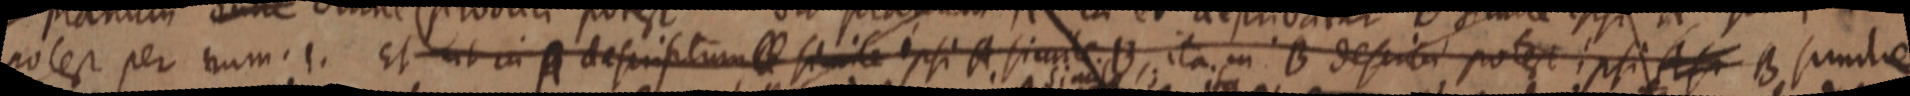
polest per nam. 1. Et ut in A descriptum simile ipsi A simile. B, ita in B desci_ potest ipsi A _ B simile